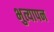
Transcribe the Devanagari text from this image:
भुत्यापन